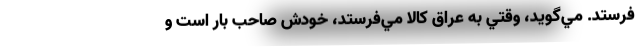
‌فرستد. مي‌گويد، وقتي به عراق كالا مي‌فرستد، خودش صاحب بار است و